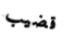
قضيب